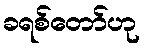
ခရစ်တော်ဟု